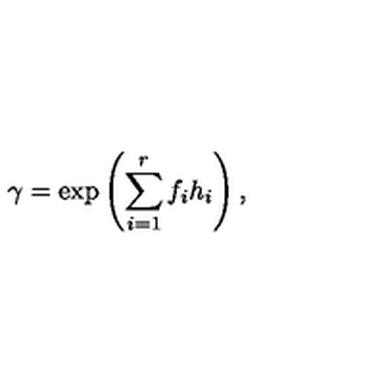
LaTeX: \gamma = \exp \left( \sum _ { i = 1 } ^ { r } f _ { i } h _ { i } \right) ,